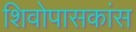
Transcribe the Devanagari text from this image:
शिवोपासकांस